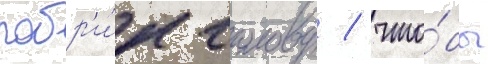
побр'и́л голову / что́бы